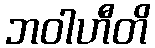
ဘဝါဟီတိ